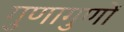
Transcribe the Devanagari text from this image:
गुणागुणों